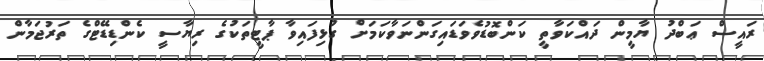
ރައީސް ޢަބްދު ޔާމީން ދައްކަވާތީ ކަންބޮޑުވެވަޑައިގަންނަވާކަމަށް ގުޅިފައިވާ ޕާޓީތަކުގެ ރިޔާސީ ކެންޑިޑޭޓްގެ ތަރުޖަމާން